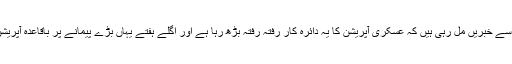
لیکن، عسکری ذرائع سے خبریں مل رہی ہیں کہ عسکری آپریشن کا یہ دائرہ کار رفتہ رفتہ بڑھ رہا ہے اور اگلے ہفتے یہاں بڑے پیمانے پر باقاعدہ آپریشن شروع ہو سکتا ہے۔